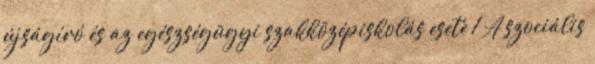
újságíró és az egészségügyi szakközépiskolás esete 1 A szociális